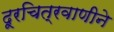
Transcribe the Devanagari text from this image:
दूरचित्रवाणीने